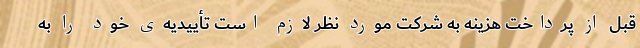
قبل از پرداخت هزینه به شرکت موردِ نظر لازم است تأییدیه‌یِ خود را به